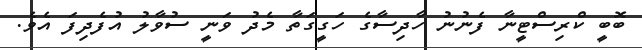
ބޮބީ ކްރިސްޓީނާ ފެނުނު ހާދިސާގެ ހަގީގަތާ މެދު ވަނީ ސުވާލު އުފެދިފަ އެވެ.